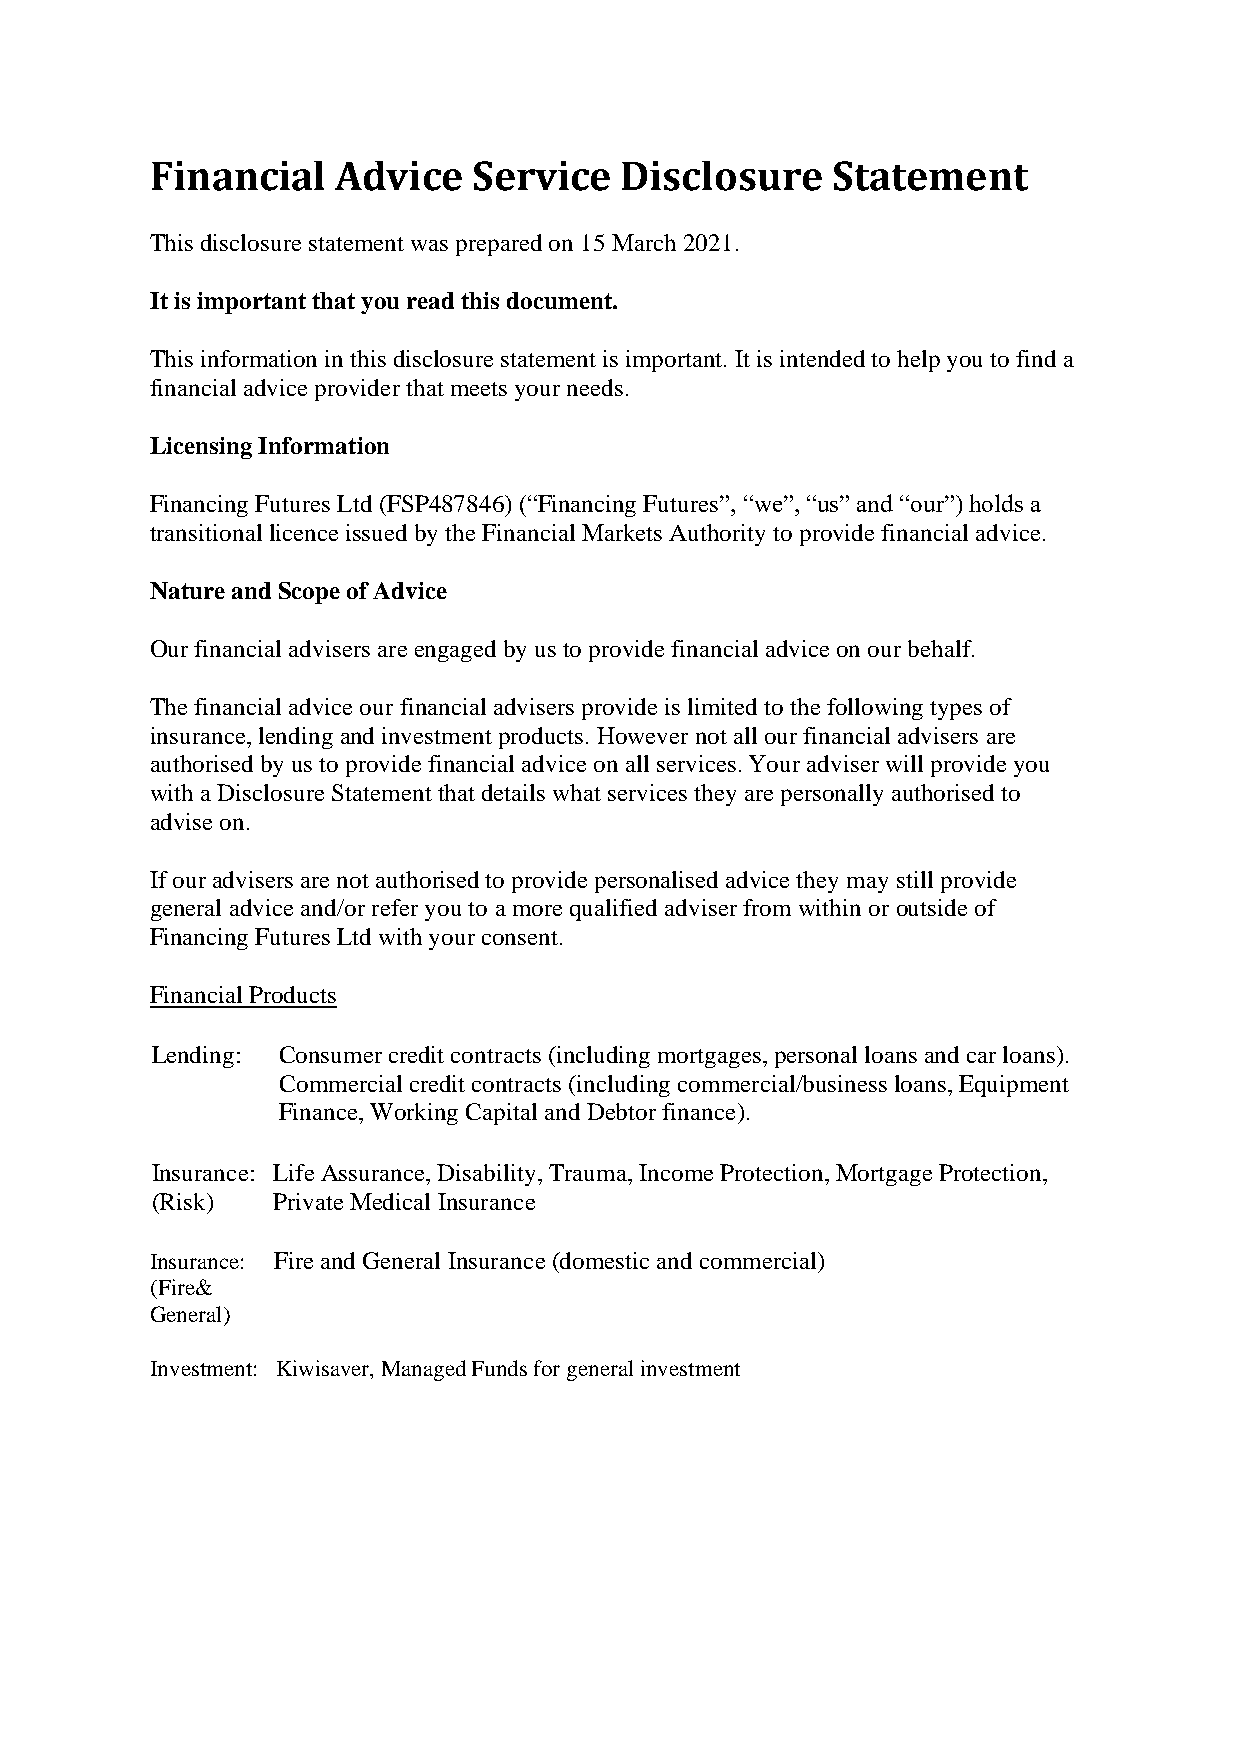
Financial   Advice   Service   Disclosure    Statement
 This disclosure statement was prepared on 15 March 2021.
 It is important that you read this document.
 This information in this disclosure statement is important. It is intended to help you to find a
 financial advice provider that meets your needs.
 Licensing Information
 Financing Futures Ltd (FSP487846) (“Financing Futures”, “we”, “us” and “our”) holds a
 transitional licence issued by the Financial Markets Authority to provide financial advice.
 Nature and Scope of Advice
 Our financial advisers are engaged by us to provide financial advice on our behalf.
 The financial advice our financial advisers provide is limited to the following types of
 insurance, lending and investment products. However not all our financial advisers are
 authorised by us to provide financial advice on all services. Your adviser will provide you
 with a Disclosure Statement that details what services they are personally authorised to
 advise on.
 If our advisers are not authorised to provide personalised advice they may still provide
 general advice and/or refer you to a more qualified adviser from within or outside of
 Financing Futures Ltd with your consent.
 Financial Products
 Lending: Consumer credit contracts (including mortgages, personal loans and car loans).
 Commercial credit contracts (including commercial/business loans, Equipment
 Finance, Working Capital and Debtor finance).
 Insurance: Life Assurance, Disability, Trauma, Income Protection, Mortgage Protection,
 (Risk)  Private Medical Insurance
 Insurance: Fire and General Insurance (domestic and commercial)
 (Fire&
 General)
 Investment: Kiwisaver, Managed Funds for general investment